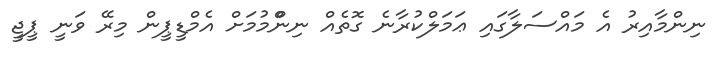
ނިންމާއިރު އެ މައްސަލާގައި ޢަމަލްކުރާނެ ގޮތެއް ނިންްމުމަށް އެމްޑީޕީން މިރޭ ވަނީ ޕީޖީ